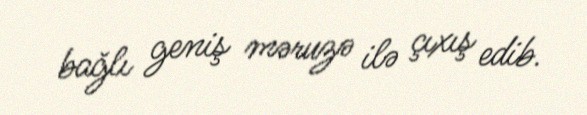
bağlı geniş məruzə ilə çıxış edib.